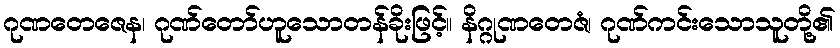
ဂုဏတေဇေန၊ ဂုဏ်တော်ဟူသောတန်ခိုးဖြင့်။ နိဂ္ဂုဏတေဇံ၊ ဂုဏ်ကင်းသောသူတို့၏